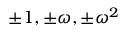
\pm 1 , \pm \omega , \pm \omega ^ { 2 }